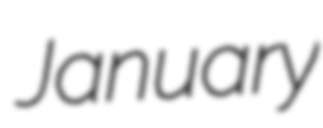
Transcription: January